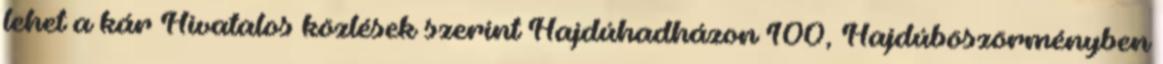
lehet a kár Hivatalos közlések szerint Hajdúhadházon 100, Hajdúböszörményben